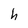
Character: h